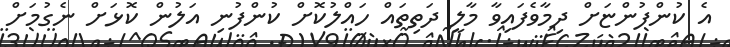
އެ ކުންފުންޏަށް ދިމާވެފައިވާ މާލީ ދަތިތައް ހައްލުކޮށް ކުންފުނި އަލުން ކޮޅަށް ނެގުމަށް